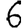
Digit: 6